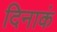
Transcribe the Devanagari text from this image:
दिनाकं